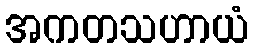
အကတသဟာယံ